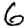
Digit: 6